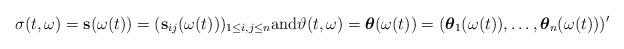
\begin{align*}\sigma(t,\omega)=\mathbf{s}(\omega(t))=(\mathbf{s}_{ij}(\omega(t)))_{1\le i,j\le n}\mathrm{and}\vartheta(t,\omega)=\boldsymbol{\theta}(\omega(t))=(\boldsymbol{\theta}_1(\omega(t)),\dots,\boldsymbol{\theta}_n(\omega(t)))'\end{align*}